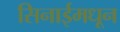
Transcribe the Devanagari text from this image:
सिनाईमधून